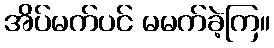
အိပ်မက်ပင် မမက်ခဲ့ကြ။